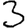
Digit: 3